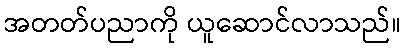
အတတ်ပညာကို ယူဆောင်လာသည်။